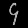
Digit: ၄